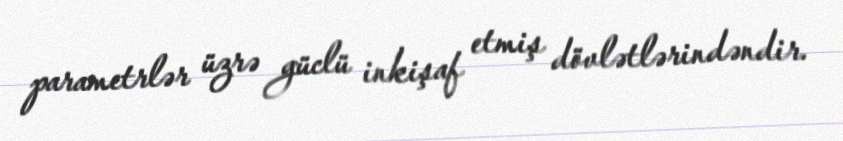
parametrlər üzrə güclü inkişaf etmiş dövlətlərindəndir.